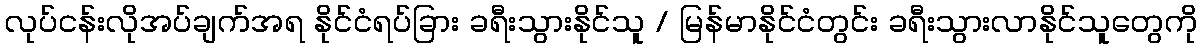
လုပ်ငန်းလိုအပ်ချက်အရ နိုင်ငံရပ်ခြား ခရီးသွားနိုင်သူ / မြန်မာနိုင်ငံတွင်း ခရီးသွားလာနိုင်သူတွေကို